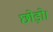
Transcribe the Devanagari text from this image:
छोड़ो।